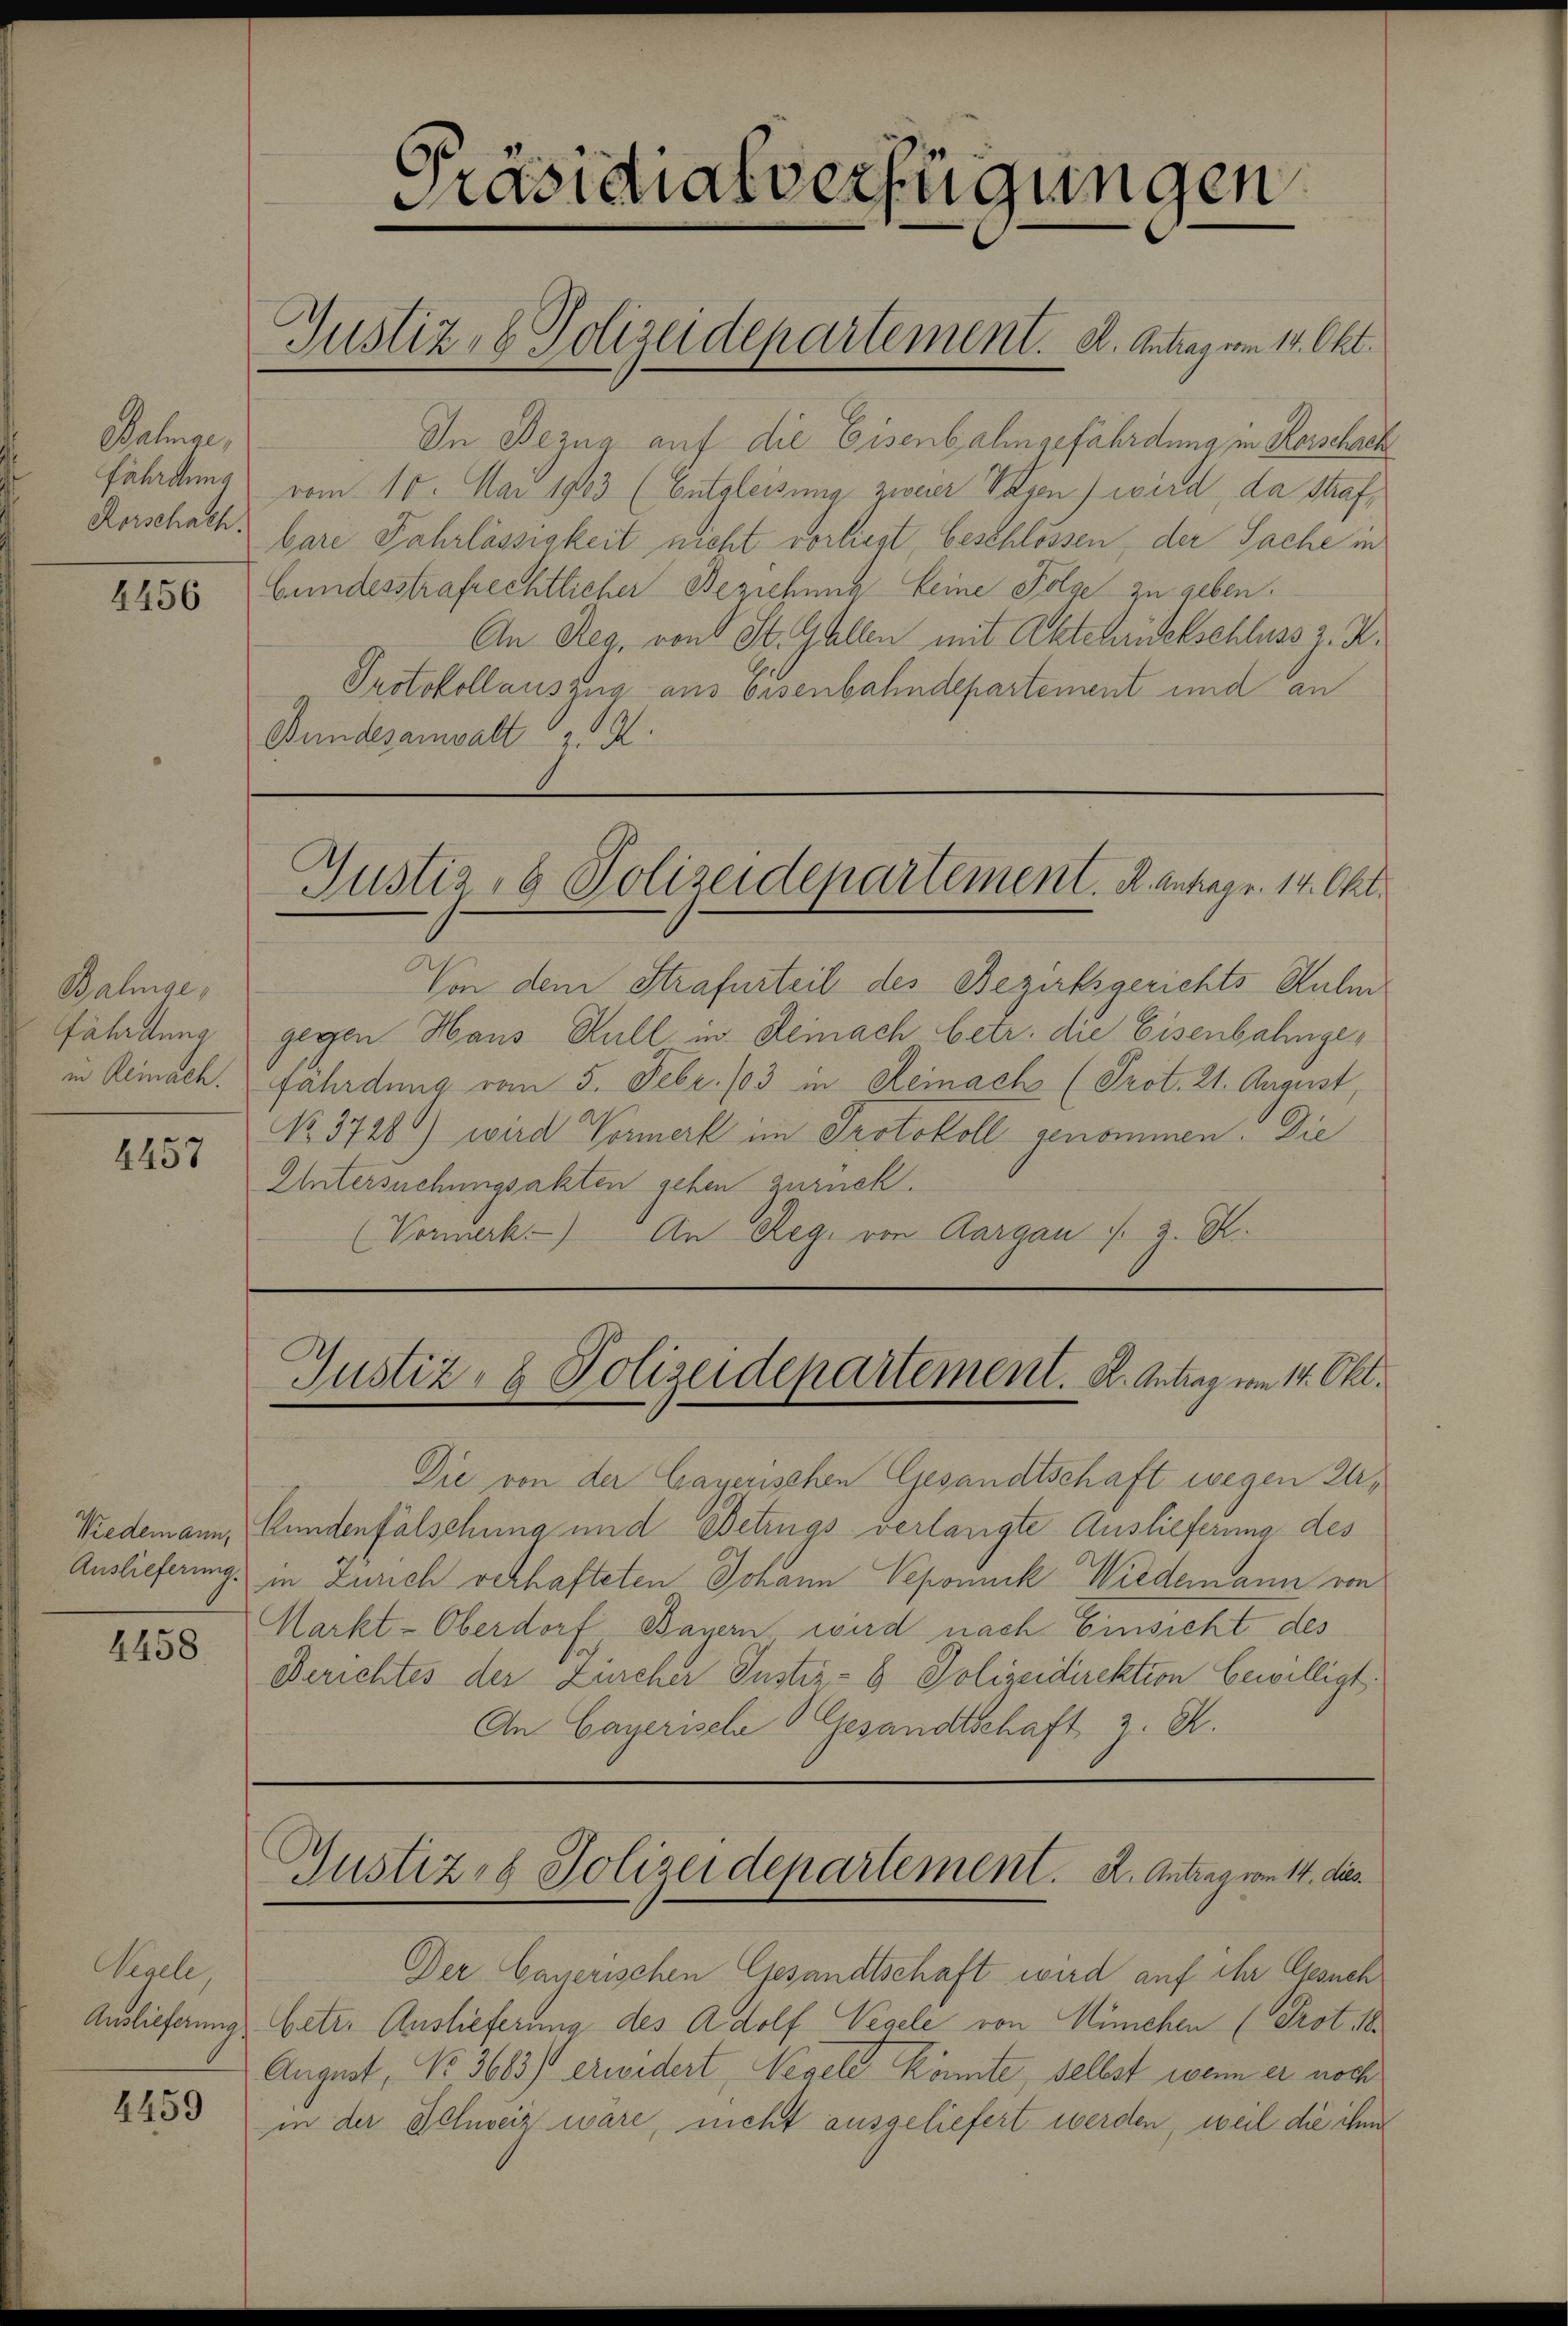
elnge,
fährdung
Kerschach.

1456

Bahnge,
fährdung
in Remach.

4457

4458

Vegele,

4459

In Bezug auf die Eisenbahngefährdung in Horschach
vom 10. Mai 1903 (Entgleisung zweier Vasen) wird, da Strafbare Fahrlässigkeit nicht vorliegt, beschlossen, der Sache in
Gundesstrafrechtlicher Beziehung keine Folge zu geben.
An Reg. von St. Gallen mit Aktchrischschluss z. Z.
Protokollauszug aus Eisenbahndepartement und an
Bundesanwalt 2.

Präsidialverfügungen
Justiz- & Polizeidepartement. A. Antrag vom 14. Okt.

Justiz- & Polizeidepartement. R. antrage. 14. Okt.

Von dem Strafurteil des Bezirksgerichts Kulm
gegen Haus Gull in Reinach betr. die Eisenbahngefährdung vom 5. Febr. 103 in Reinach (Prot. 21. August,
No 3728) wird Vormerk im Protokoll genommen. Die
Untersuchungsakten gehen zurück.
(Vormerk.) An Reg. von Aargau u. 2. K.

Justiz- & Polizeidepartement. K. Antrag vom 14. Okt.

Die von der Cayerischen Gesandtschaft wegen Zu¬
Niedemann, Kundenfälschung und Betrugs verlangte Auslieferung des
Auslieferung in Zürich verhafteten Johann Vepomuck Wiedemann von
Markt-Oberdorf, Bayern wird nach Einsicht des
Berichtes der Zürcher Instiz- & Polizeidirektion bewilligt.
An Cayerische Gesandtschaft z. B.

Gustiz, Polizeidepartement. A. Antrag vom 14. dies

Der Cayerischen Gesandtschaft wird auf ihr Gesuch
Auslieferung betr. Auslieferung des Adolf Vegele von München (Prot. 18.
August, No. 3683/ erwidert, Regel könnte, selbst wenn er noch
in der Schweiz wäre, nicht ausgeliefert werden, weil die ihm